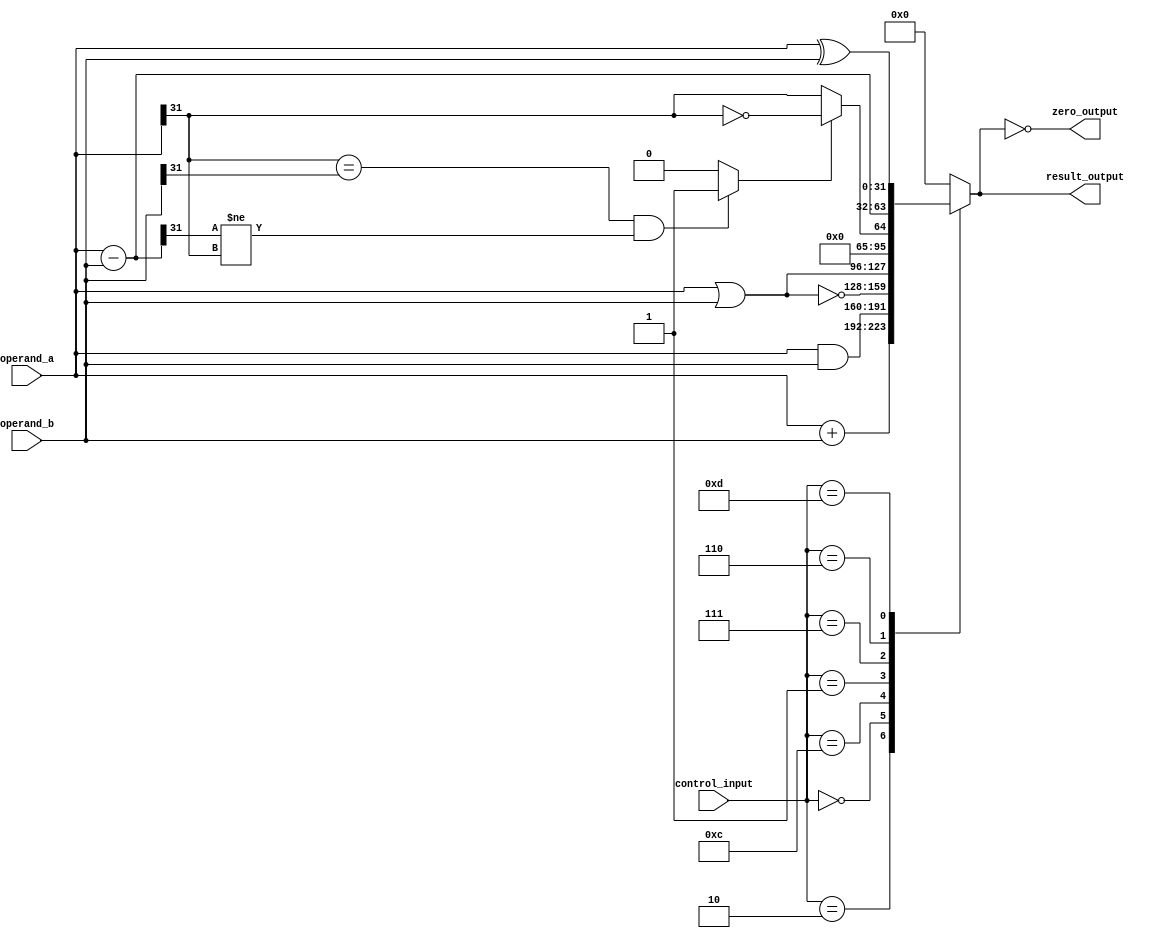
/*
 * Ordinary ALU
*/
`ifndef _arithmetic_logic_unit
`define _arithmetic_logic_unit

        module arithmetic_logic_unit (
                input [3:0] control_input,
                input [31:0] operand_a, operand_b,
                output reg [31:0] result_output,
                output zero_output
            );

            localparam ADD = 4'b0010;
            localparam AND = 4'b0000;
            localparam NOR = 4'b1100;
            localparam OR = 4'b0001;
            localparam SLT = 4'b0111;
            localparam SUB = 4'b0110;
            localparam XOR = 4'b1101;


            wire [31:0] subtraction_output;
            wire [31:0] addition_output;
            wire overflow_addition;
            wire overflow_subtraction;
            wire overflow_signal;
            wire less_than_signal;

            assign zero_output = (0 == result_output);

            assign subtraction_output = operand_a - operand_b;
            assign addition_output = operand_a + operand_b;

            assign overflow_addition = (operand_a[31] == operand_b[31] && addition_output[31] != operand_a[31]) ? 1 : 0;
            assign overflow_subtraction = (operand_a[31] == operand_b[31] && subtraction_output[31] != operand_a[31]) ? 1 : 0;

            assign overflow_signal = (control_input == 4'b0010) ? overflow_addition : overflow_subtraction;

            assign less_than_signal = overflow_subtraction ? ~(operand_a[31]) : operand_a[31];

            always @(*)
            begin
                case (control_input)
                    ADD:
                        result_output <= addition_output;
                    AND:
                        result_output <= operand_a & operand_b;
                    NOR:
                        result_output <= ~(operand_a | operand_b);
                    OR:
                        result_output <= operand_a | operand_b;
                    SLT:
                        result_output <= {{31{1'b0}}, less_than_signal};
                    SUB:
                        result_output <= subtraction_output;
                    XOR:
                        result_output <= operand_a ^ operand_b;
                    default:
                        result_output <= 0;
                endcase
            end

        endmodule

`endif